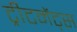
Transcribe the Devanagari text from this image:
ट्रीटमेंट्स